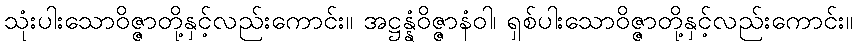
သုံးပါးသောဝိဇ္ဇာတို့နှင့်လည်းကောင်း။ အဋ္ဌန္နံဝိဇ္ဇာနံဝါ၊ ရှစ်ပါးသောဝိဇ္ဇာတို့နှင့်လည်းကောင်း။